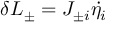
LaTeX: \delta { \cal L } _ { \pm } = J _ { \pm i } \dot { \eta _ { i } }